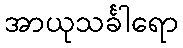
အာယုသင်္ခါရော